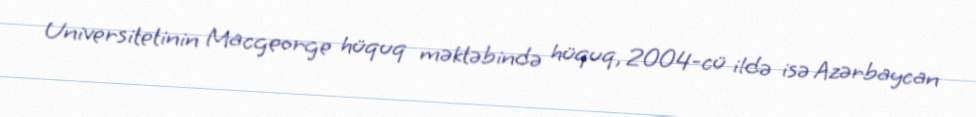
Universitetinin Macgeorge hüquq məktəbində hüquq, 2004-cü ildə isə Azərbaycan